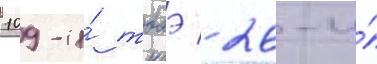
109-и́ тбаэ / 26-и́